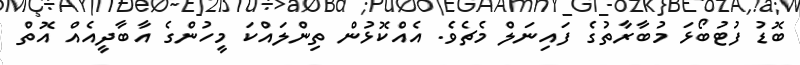
ބޮޑު ފުޓުބޯޅަ މުބާރާތުގެ ފައިނަލް މެޗެވެ. އެއްކޮޅުން ތިންލައްކަ މީހުންގެ އާބާދީއެއް އޮތް